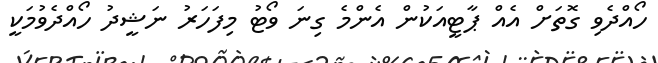
ހޯއްދެވި ގޮތަށް އެއް ޕާޓީއަކުން އެންމެ ގިނަ ވޯޓު މިފަހަރު ނަޝީދު ހޯއްދެވުމަކީ